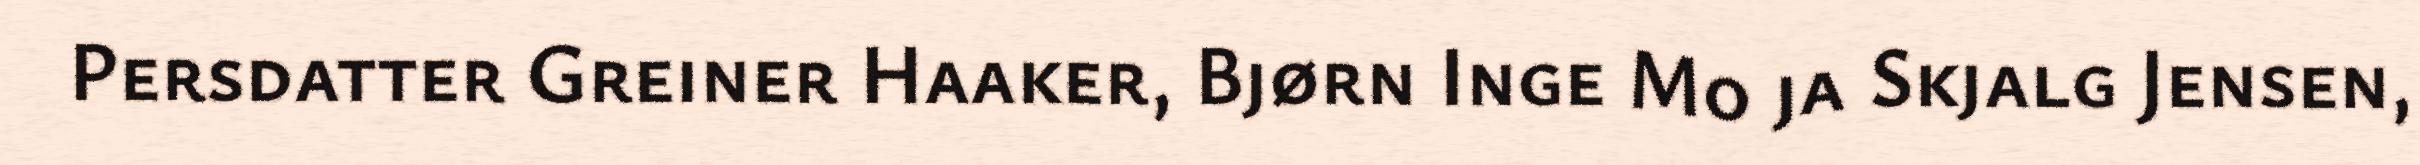
Persdatter Greiner Haaker, Bjørn Inge Mo ja Skjalg Jensen,